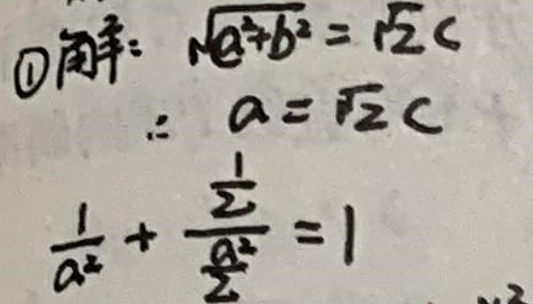
$\textcircled{1}$解：\(\sqrt{a^{2}+b^{2}}=\sqrt{2}c\)

\(\therefore a=\sqrt{2}c\)

\(\frac{1}{a^{2}}+\frac{1}{2c^{2}}=1\)